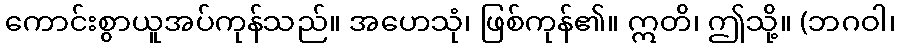
ကောင်းစွာယူအပ်ကုန်သည်။ အဟေသုံ၊ ဖြစ်ကုန်၏။ ဣတိ၊ ဤသို့။ (ဘဂဝါ၊